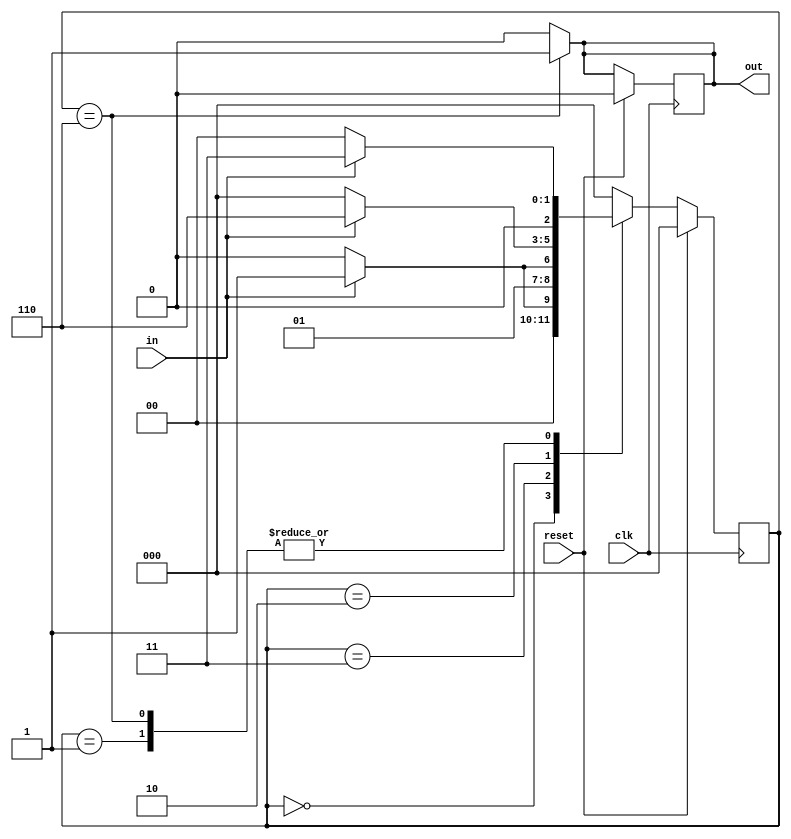
module seq1101(clk, reset, in, out);
	input clk, reset, in;
	output reg out;
	reg[2:0] state;
	parameter s0 = 3'b000, 
			  s1 = 3'b001, 
			  s2 = 3'b011, 
			  s3 = 3'b010, 
			  s4 = 3'b110; // 

	always @ (posedge clk)
	begin
		if (reset) // s00
		begin
			state = s0;
			out = 0;
		end
		else 
		begin
			case (state)
				s0: begin if (in) state = s1;
						  else state = s0; end // '1'
				s1: begin if (in) state = s2;
						  else state = s0; end // '1'
				s2: begin if (!in) state = s3; // '0'
						  else state = s2; end // '1's2
				s3: begin if (in) state = s4;
						  else state = s0; end // '1'
				s4: begin if (in) state = s2;
						  else state = s0; end // 
				default: state = s0;
			endcase
		end
	end
	always @ (*)
	begin
		case (state)
			s4: out = 1;
			default: out = 0;
		endcase
	end
endmodule